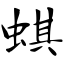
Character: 蜞